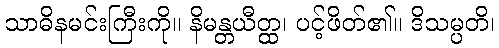
သာဓိနမင်းကြီးကို။ နိမန္တယီတ္ထ၊ ပင့်ဖိတ်၏။ ဒိသမ္ပတိ၊